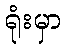
ရုံးမှာ